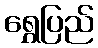
ရွှေပြည်